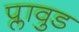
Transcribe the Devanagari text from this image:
प्लावुड